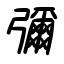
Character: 彌